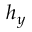
h _ { y }